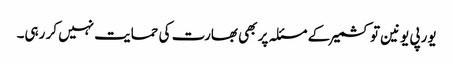
یورپی یونین تو کشمیر کے مسئلہ پر بھی بھارت کی حمایت نہیں کر رہی۔